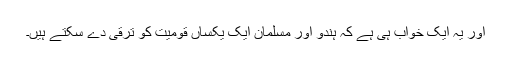
اور یہ ایک خواب ہی ہے کہ ہندو اور مسلمان ایک یکساں قومیت کو ترقی دے سکتے ہیں۔